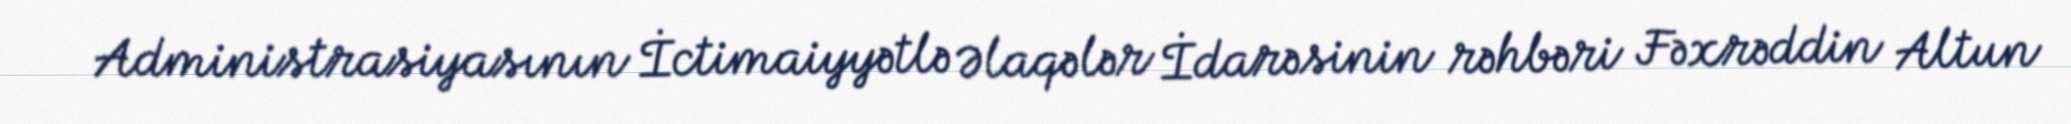
Administrasiyasının İctimaiyyətlə Əlaqələr İdarəsinin rəhbəri Fəxrəddin Altun